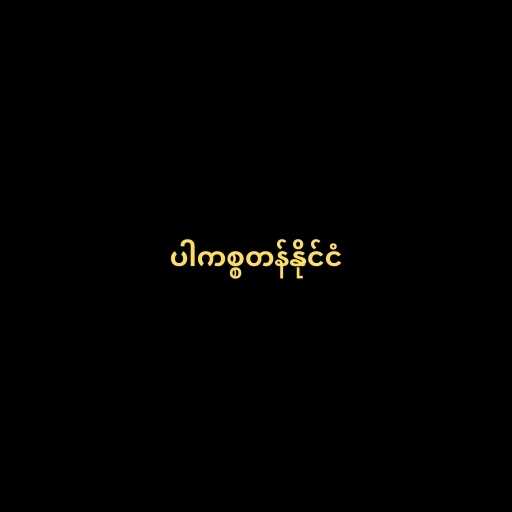
ပါကစ္စတန်နိုင်ငံ